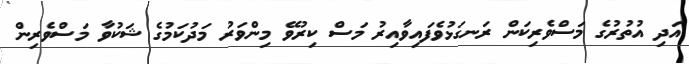
އަދި އުތުރުގެ މަސްވެރިކަން ރަނގަޅުވެފައިވާއިރު މަސް ކިރުވޭ މިންވަރު މަދުކަމުގެ ޝަކުވާ މަސްވެރިން